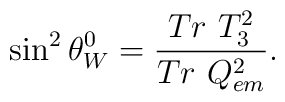
\sin^2\theta_W^0=\frac{Tr\ T_3^2}{Tr\ Q_{em}^2}.